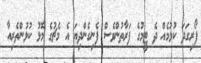
ފޯރިގަދަ ކުޅުމެއް ދެ ޓީމުގެ ފަރާތުންވެސް ފެނިގެންދިޔަ އެ މެޗުގެ މޮޅު ކުޅުންތެރިއާ